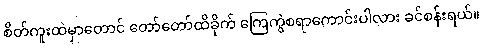
စိတ်ကူးထဲမှာတောင် တော်တော်ထိခိုက် ကြေကွဲစရာကောင်းပါလား ခင်စန်းရယ်။